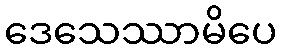
ဒေသေဿာမိပေ